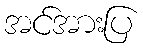
အင်အားပြ